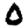
Digit: 0